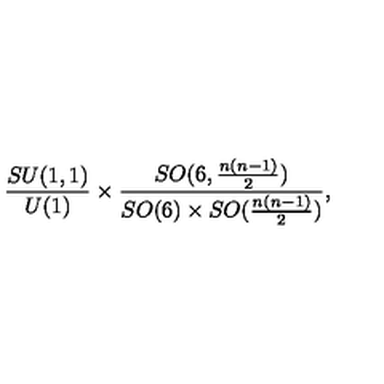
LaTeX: \frac { S U ( 1 , 1 ) } { U ( 1 ) } \times \frac { S O ( 6 , \frac { n ( n - 1 ) } { 2 } ) } { S O ( 6 ) \times S O ( \frac { n ( n - 1 ) } { 2 } ) } ,